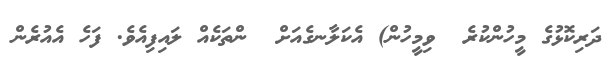
ދަރިކޮޅުގެ މީހުންކުރެ  ވިމީހުން) އެކަލާނގެއަށް  ންތަކެއް ލައިފިއެވެ. ފަހެ އެއުރެން